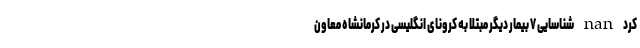
كرد nan شناسایی ۷ بیمار دیگر مبتلا به کرونای انگلیسی در کرمانشاه معاون